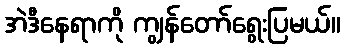
အဲဒီနေရာကို ကျွန်တော်ရွေးပြမယ်။